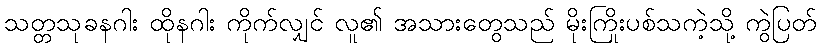
သတ္တသုခနဂါး ထိုနဂါး ကိုက်လျှင် လူ၏ အသားတွေသည် မိုးကြိုးပစ်သကဲ့သို့ ကွဲပြတ်